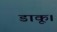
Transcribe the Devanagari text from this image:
डाकू।